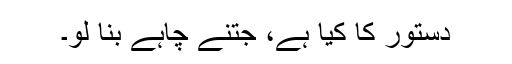
دستور کا کیا ہے، جتنے چاہے بنا لو۔